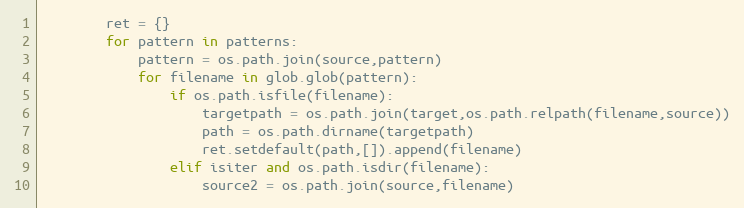
Language: Python
        ret = {}
        for pattern in patterns:
            pattern = os.path.join(source,pattern)
            for filename in glob.glob(pattern):
                if os.path.isfile(filename):
                    targetpath = os.path.join(target,os.path.relpath(filename,source))
                    path = os.path.dirname(targetpath)
                    ret.setdefault(path,[]).append(filename)
                elif isiter and os.path.isdir(filename):
                    source2 = os.path.join(source,filename)